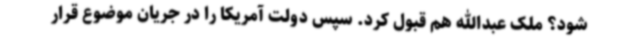
شود؟ ملک عبدالله هم قبول کرد. سپس دولت آمریکا را در جریان موضوع قرار